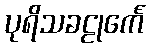
ပုရိသခဠုင်္ကေ